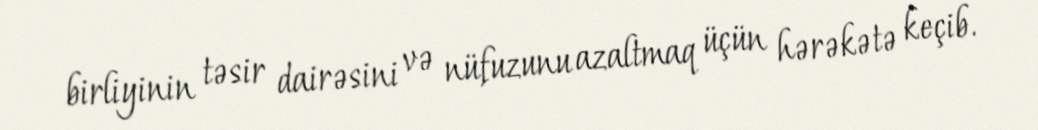
birliyinin təsir dairəsini və nüfuzunu azaltmaq üçün hərəkətə keçib.